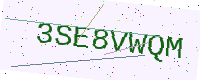
Text: 3SE8VWQM